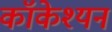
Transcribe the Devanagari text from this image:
कॉकेश्यन